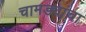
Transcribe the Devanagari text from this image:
चामड्यांचा